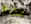
يدينا